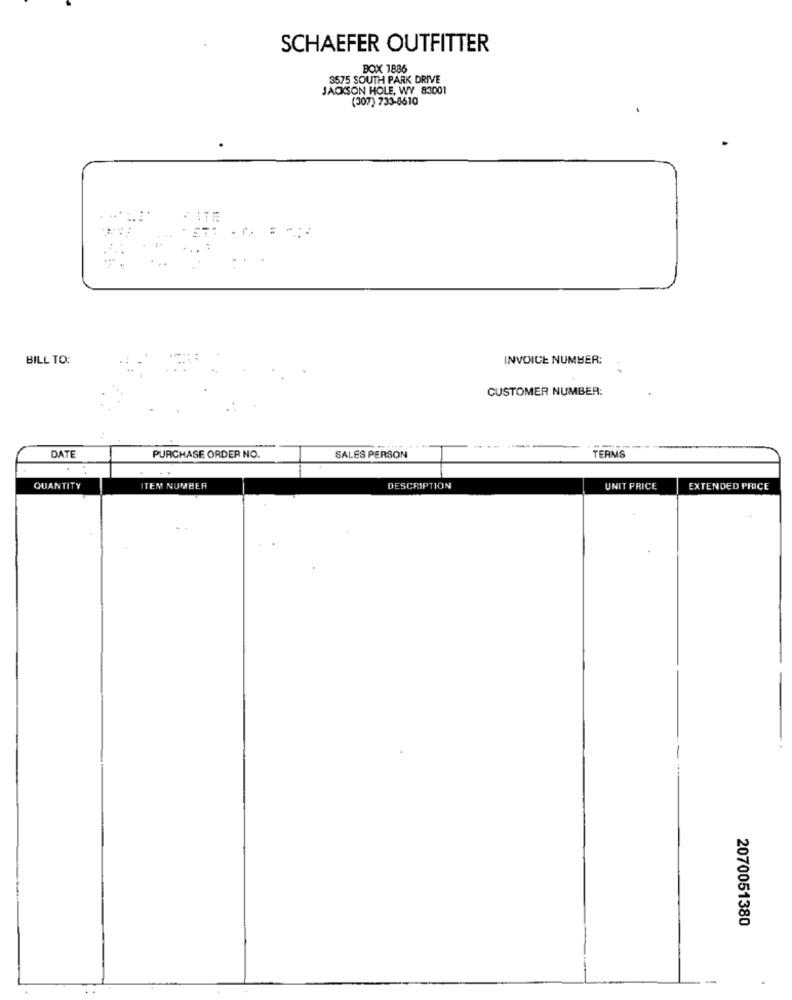
SCHAEFER OUTFITTER
BOX 1886
3575 SOUTH PARK DRIVE
JACKSON HOLE, WY 83001
(307) 733-8610
BILL TO:
INVOICE NUMBER:
CUSTOMER NUMBER:
DATE
PURCHASE ORDER NO.
SALES PERSON
TERMS
QUANTITY
TEM NUMBER
DESCRIPTION
UNIT PRICE
EXTENDED PRICE
2070051380
-